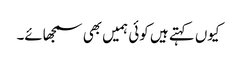
کیوں کہتے ہیں کوئی ہمیں بھی سمجھائے۔